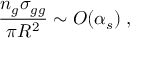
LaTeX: { \frac { n _ { g } \sigma _ { g g } } { \pi R ^ { 2 } } } \sim O ( \alpha _ { s } ) \; ,